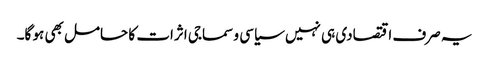
یہ صرف اقتصادی ہی نہیں سیاسی و سماجی اثرات کا حامل بھی ہو گا۔